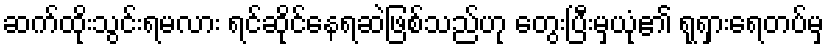
ဆက်ထိုးသွင်းရမလား ရင်ဆိုင်နေရဆဲဖြစ်သည်ဟု တွေးပြီးမှယုံ၏ ရုရှားရေတပ်မှ